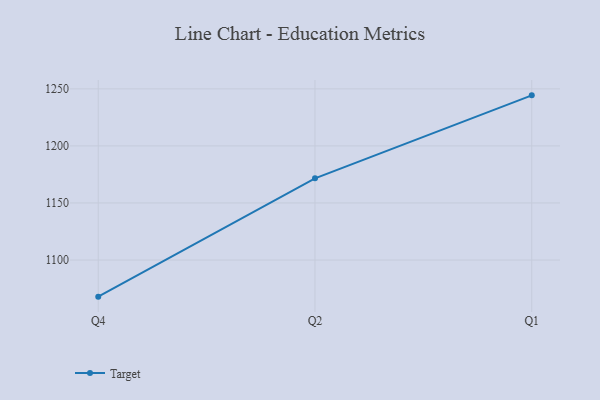
{"axis": {"x": "Quarter", "y": "Shipments"}, "legend": ["Target"], "data": [{"x": "Q4", "y": 1067.9, "type": "Target"}, {"x": "Q2", "y": 1171.6, "type": "Target"}, {"x": "Q1", "y": 1244.3, "type": "Target"}]}